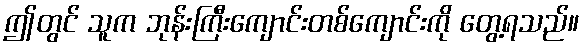
ဤတွင် သူက ဘုန်းကြီးကျောင်းတစ်ကျောင်းကို တွေ့ရသည်။